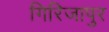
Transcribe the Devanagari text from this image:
गिरिजापुर